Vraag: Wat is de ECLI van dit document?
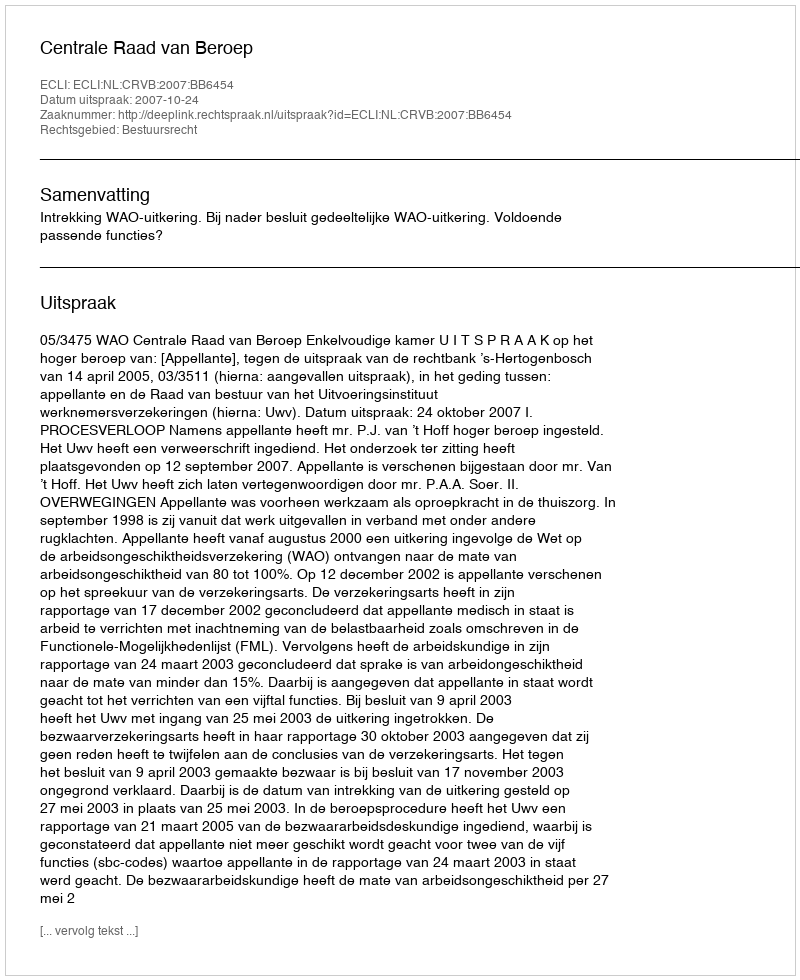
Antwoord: ECLI:NL:CRVB:2007:BB6454